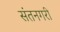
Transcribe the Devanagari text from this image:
संतनगरी